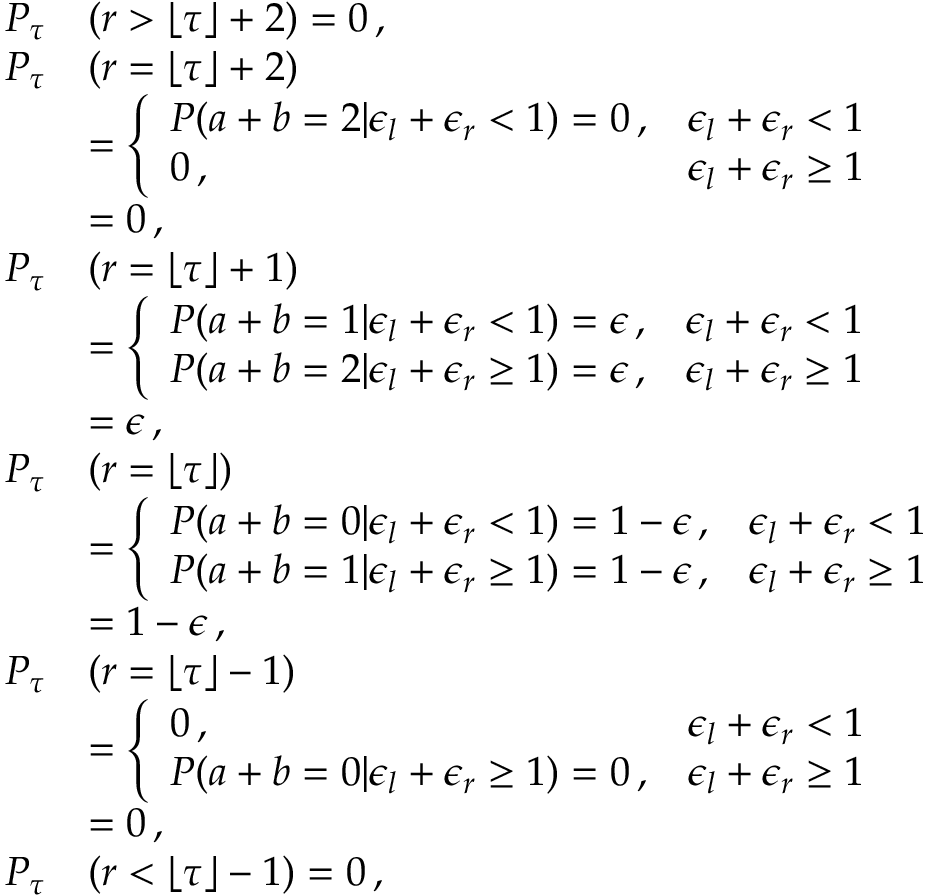
\begin{array} { r l } { P _ { \tau } } & { ( r > \lfloor \tau \rfloor + 2 ) = 0 \, , } \\ { P _ { \tau } } & { ( r = \lfloor \tau \rfloor + 2 ) } \\ & { = \left\{ \begin{array} { l l } { P ( a + b = 2 | \epsilon _ { l } + \epsilon _ { r } < 1 ) = 0 \, , } & { \epsilon _ { l } + \epsilon _ { r } < 1 } \\ { 0 \, , } & { \epsilon _ { l } + \epsilon _ { r } \geq 1 } \end{array} \right. } \\ & { = 0 \, , } \\ { P _ { \tau } } & { ( r = \lfloor \tau \rfloor + 1 ) } \\ & { = \left\{ \begin{array} { l l } { P ( a + b = 1 | \epsilon _ { l } + \epsilon _ { r } < 1 ) = \epsilon \, , } & { \epsilon _ { l } + \epsilon _ { r } < 1 } \\ { P ( a + b = 2 | \epsilon _ { l } + \epsilon _ { r } \geq 1 ) = \epsilon \, , } & { \epsilon _ { l } + \epsilon _ { r } \geq 1 } \end{array} \right. } \\ & { = \epsilon \, , } \\ { P _ { \tau } } & { ( r = \lfloor \tau \rfloor ) } \\ & { = \left\{ \begin{array} { l l } { P ( a + b = 0 | \epsilon _ { l } + \epsilon _ { r } < 1 ) = 1 - \epsilon \, , } & { \epsilon _ { l } + \epsilon _ { r } < 1 } \\ { P ( a + b = 1 | \epsilon _ { l } + \epsilon _ { r } \geq 1 ) = 1 - \epsilon \, , } & { \epsilon _ { l } + \epsilon _ { r } \geq 1 } \end{array} \right. } \\ & { = 1 - \epsilon \, , } \\ { P _ { \tau } } & { ( r = \lfloor \tau \rfloor - 1 ) } \\ & { = \left\{ \begin{array} { l l } { 0 \, , } & { \epsilon _ { l } + \epsilon _ { r } < 1 } \\ { P ( a + b = 0 | \epsilon _ { l } + \epsilon _ { r } \geq 1 ) = 0 \, , } & { \epsilon _ { l } + \epsilon _ { r } \geq 1 } \end{array} \right. } \\ & { = 0 \, , } \\ { P _ { \tau } } & { ( r < \lfloor \tau \rfloor - 1 ) = 0 \, , } \end{array}